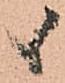
候